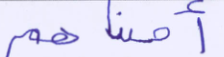
أصبناهم